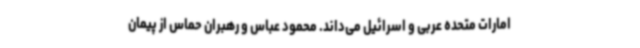
امارات متحده عربی و اسرائیل می‌داند. محمود عباس و رهبران حماس از پیمان